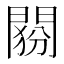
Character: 𨴶